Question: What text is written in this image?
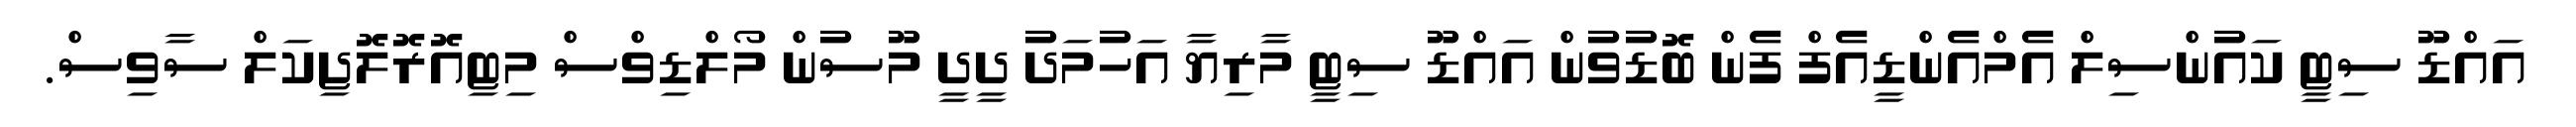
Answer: އައްޑޫ ސިޓީ ކައުންސިލް އެމްއެންޑީއެފް ފެން ބޮޑުވުން އައްޑޫ ސިޓީ މާރިޔާ އަހުމަދު ދީދީ މޫސުން މޯލްޑިވްސް މިޓިއޮރޮލޮޖިކަލް ސާވިސް.